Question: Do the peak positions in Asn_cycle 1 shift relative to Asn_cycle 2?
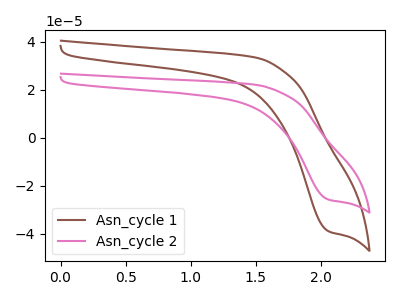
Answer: <think>The brown curve "Asn_cycle 1" has a cathodic peak at: (2.05V, -38.85uA). The pink curve "Asn_cycle 2" has a cathodic peak at: (2.05V, -25.65uA).
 All the peaks in "Asn_cycle 1" have a peak in "Asn_cycle 2" at the same potential. Every peak in "Asn_cycle 1" is higher than every peak in "Asn_cycle 2".</think>
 <answer>No, "Asn_cycle 1" and "Asn_cycle 2" don't appear to be significantly different in shape</answer>
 <eval>no_change</eval>